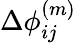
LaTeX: \Delta\phi_{ij}^{(m)}